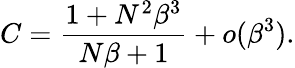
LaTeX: C=\frac{1+N^{2}\beta^{3}}{N\beta+1}+o(\beta^{3}).